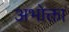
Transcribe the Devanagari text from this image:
अभोक्ता